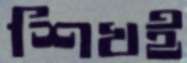
শিখই